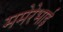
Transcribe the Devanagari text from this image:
ममेरेभाई